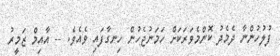
ފުލުހުންނާ ދެމެދު ކޮންމެވަރަކަށް ހަމަނުޖެހުން ހިނގާފައި ވެއެވެ. -- އާއިމް ޒަމީރު